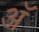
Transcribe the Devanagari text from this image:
अॅ